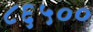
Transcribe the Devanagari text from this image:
८६५००